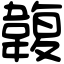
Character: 䪖